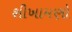
શીખામણો